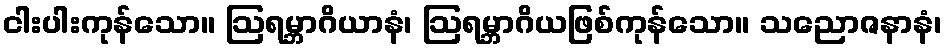
ငါးပါးကုန်သော။ ဩရမ္ဘာဂိယာနံ၊ ဩရမ္ဘာဂိယဖြစ်ကုန်သော။ သညောဇနာနံ၊